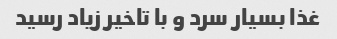
غذا بسیار سرد و با تاخیر زیاد رسید